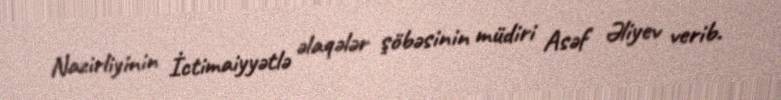
Nazirliyinin İctimaiyyətlə əlaqələr şöbəsinin müdiri Asəf Əliyev verib.